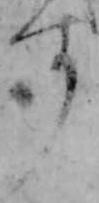
す